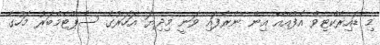
މި ޑައިރެކްޓިވް އެފްއޭއޭ އިން ނެރެފައި ވަނީ މިދިޔަ އަހަރުގެ ސެޕްޓެމްބަރު މަހުގެ